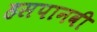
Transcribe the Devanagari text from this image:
हसपानवी